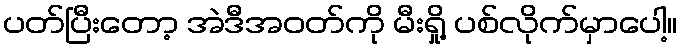
ပတ်ပြီးတော့ အဲဒီအဝတ်ကို မီးရှို့ ပစ်လိုက်မှာပေါ့။